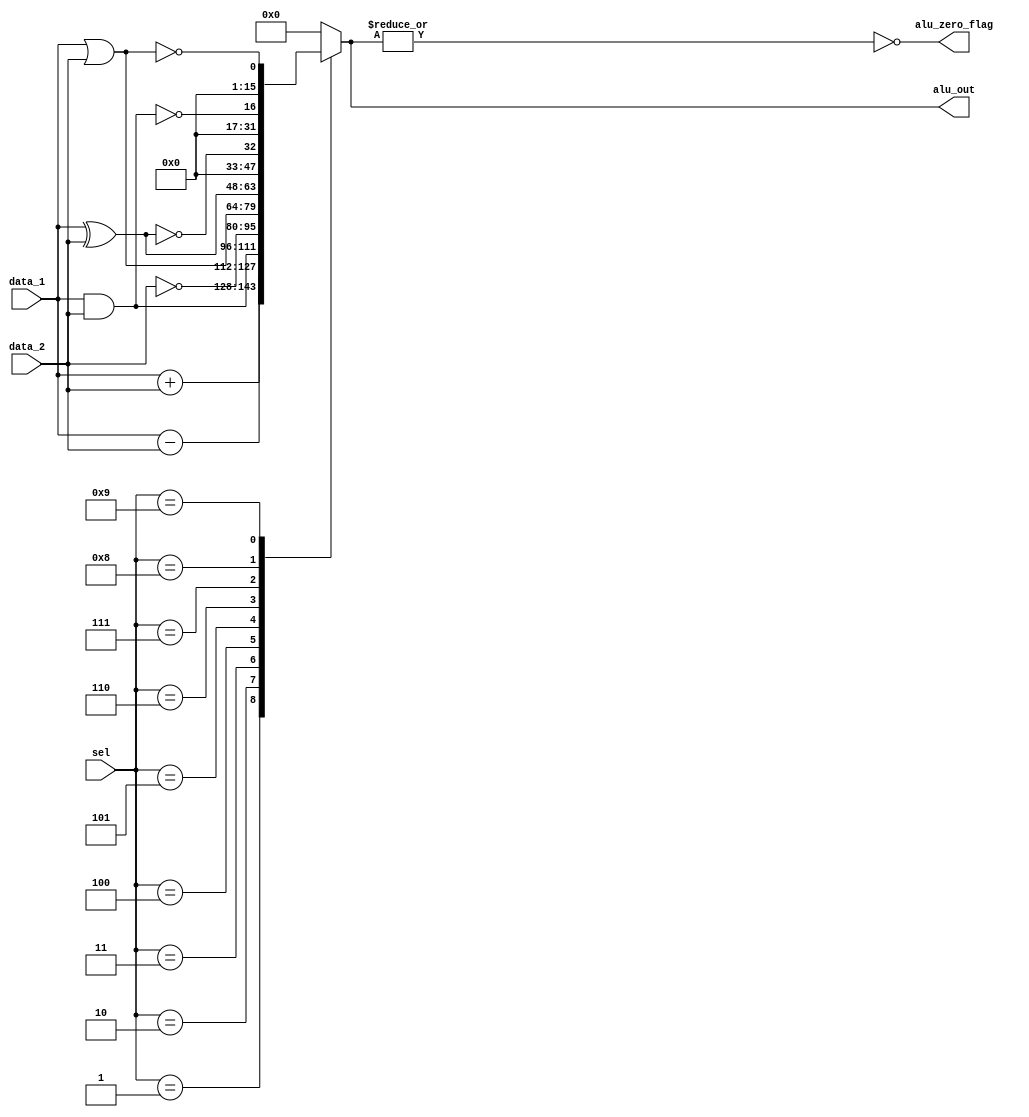
module alu_risc (alu_zero_flag,alu_out,data_1,data_2,sel);

//size parameters
parameter word_size = 16;
parameter op_size = 5;

//opcodes paramters
parameter NOP	=5'b00000;
parameter ADD	=5'b00001;
parameter SUB	=5'b00010;
parameter AND	=5'b00011;
parameter NOT	=5'b00100;
parameter OR	=5'b00101;
parameter XOR	=5'b00110;
parameter XNOR	=5'b00111;
parameter NAND	=5'b01000;
parameter NOR	=5'b01001;
parameter RD	=5'b01010;
parameter WR	=5'b01011;
parameter BR	=5'b01100;
parameter BRZ	=5'b01101;

//input and output parameter
input[word_size-1:0] data_1,data_2;
input[op_size-1:0] sel;
output[word_size-1:0] alu_out;
output alu_zero_flag;
reg alu_out;

assign alu_zero_flag = ~|alu_out;

always@(sel or data_1 or data_2)
case (sel)

NOP:	alu_out = 0;
ADD:	alu_out = data_1 + data_2;
SUB:	alu_out = data_1 - data_2;
AND:	alu_out = data_1 & data_2;
NOT:	alu_out = ~ data_2;
OR:	alu_out = data_1 | data_2;
XOR:	alu_out = data_1 ^ data_2;
XNOR:	alu_out = !(data_1 ^ data_2);
NAND:	alu_out = !(data_1 & data_2);
NOR:	alu_out = !(data_1 | data_2);
default alu_out=0;
endcase
endmodule